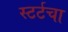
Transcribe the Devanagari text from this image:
स्टर्टचा